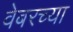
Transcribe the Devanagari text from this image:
वेबरच्या